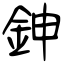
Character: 鉮